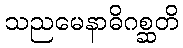
သညမေနာဓိဂစ္ဆတိ